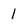
Character: 1